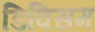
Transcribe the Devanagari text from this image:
डिविसम